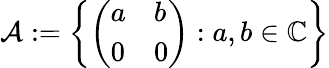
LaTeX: {\mathcal{A}}:=\left\{ {\left(\begin{array}{ll}{a}&{b}\\ {0}&{0}\end{array}\right)}:a,b\in\mathbb{C}\right\}